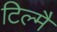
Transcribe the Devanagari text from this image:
टिल्मै